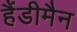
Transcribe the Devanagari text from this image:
हैंडीमैन